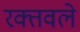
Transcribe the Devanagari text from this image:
रक्तवले